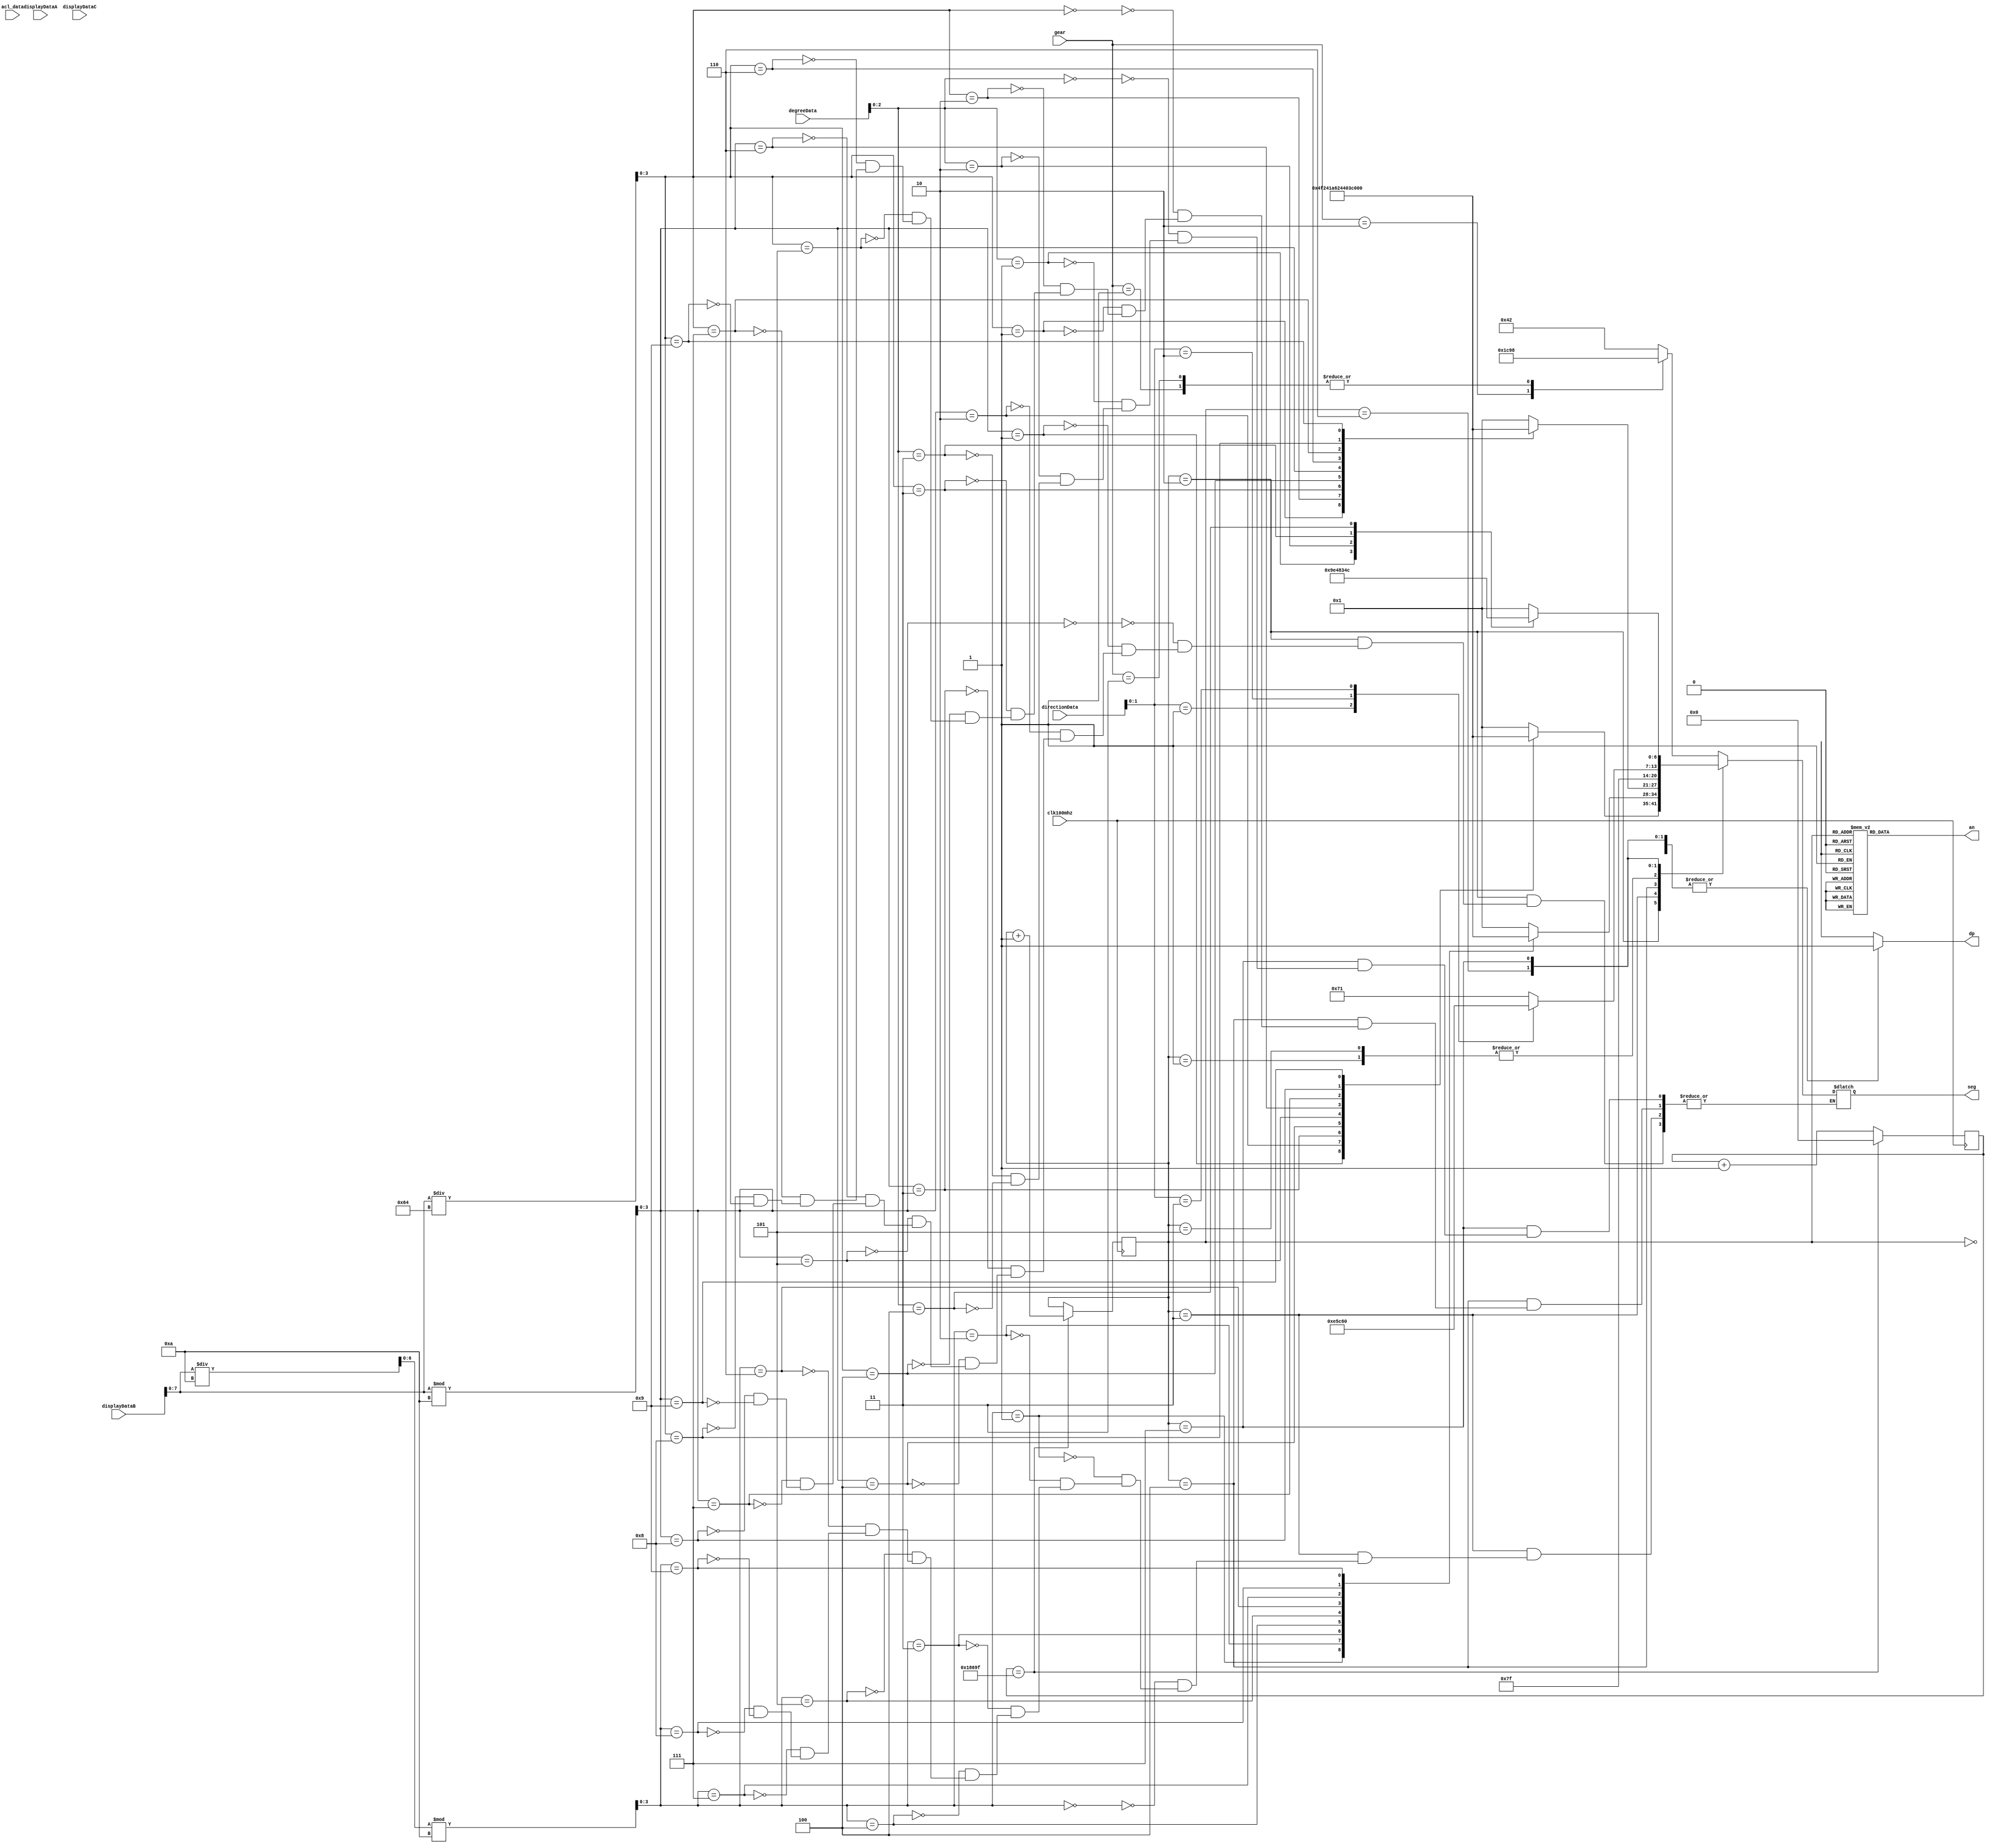
`timescale 1ns / 1ps



module seg7_control(
    input clk100mhz,
    input[1:0] gear,
    input[31:0] displayDataA,displayDataB,displayDataC, directionData, degreeData,
    input [14:0] acl_data,
    output reg [6:0] seg,
    output reg dp,
    output reg [7:0] an
    );
    
    // Take sign bits out of accelerometer data
    wire x_sign, y_sign, z_sign;
    assign x_sign = displayDataA[4];
    assign y_sign = displayDataB[4];
    assign z_sign = displayDataC[4];
    
    // Take 6 bits of axis data out of accelerometer data
    wire [3:0] x_data, z_data;
    wire[7:0] y_data;
    wire[6:0] y_data_intermed;
    assign x_data = displayDataA[3:0];
    assign y_data = displayDataB[7:0];
    assign z_data = displayDataC[3:0];
    
    // Binary to BCD conversion for each axis 6-bit data
    wire [3:0] x_10, x_1, z_10, z_1;
    wire[3:0] y_100, y_10, y_1;
    assign x_10 = x_data / 10;
    assign x_1  = x_data % 10;
    assign y_100 = y_data / 100;
    assign y_data_intermed  = y_data / 10;
    assign y_10= y_data_intermed %10;
    assign y_1 = y_data %10;
    assign z_10 = z_data / 10;
    assign z_1  = z_data % 10;
    
    // Parameters for segment patterns
    parameter ZERO  = 7'b000_0001;  // 0
    parameter ONE   = 7'b100_1111;  // 1
    parameter TWO   = 7'b001_0010;  // 2 
    parameter THREE = 7'b000_0110;  // 3
    parameter FOUR  = 7'b100_1100;  // 4
    parameter FIVE  = 7'b010_0100;  // 5
    parameter SIX   = 7'b010_0000;  // 6
    parameter SEVEN = 7'b000_1111;  // 7
    parameter EIGHT = 7'b000_0000;  // 8
    parameter NINE  = 7'b000_0100;  // 9
    parameter NULL  = 7'b111_1111;  // all OFF
    parameter PARK = 7'b001_1000; // p
    parameter DRIVE = 7'b100_0010; // d
    parameter REVERSE = 7'b011_1001; // r
    parameter LEFT= 7'b111_0001;
    parameter RIGHT= 7'b011_1001;
    parameter FORWARD=7'b011_1000;
    parameter BRAKE = 7'b110_0000;
    
    // To select each anode in turn
    reg [2:0] anode_select = 3'b0;     // 3 bit counter for selecting each of 8 anodes
    reg [16:0] anode_timer = 17'b0;    // counter for anode refresh
    
    // Logic for controlling anode select and anode timer
    always @(posedge clk100mhz) begin               // 1ms x 8 displays = 8ms refresh period                             
        if(anode_timer == 99_999) begin             // The period of 100MHz clock is 10ns (1/100,000,000 seconds)
            anode_timer <= 0;                       // 10ns x 100,000 = 1ms
            anode_select <=  anode_select + 1;
        end
        else
            anode_timer <=  anode_timer + 1;
    end
    
    // Logic for driving the 8 bit anode output based on anode select
    always @(anode_select) begin
        case(anode_select) 
            3'b000 : an = 8'b1111_1110;   
            3'b001 : an = 8'b1111_1101;  
            3'b010 : an = 8'b1111_1011;  
            3'b011 : an = 8'b1111_0111;
            3'b100 : an = 8'b1110_1111;   
            3'b101 : an = 8'b1101_1111;  
            3'b110 : an = 8'b1011_1111;  
            3'b111 : an = 8'b0111_1111; 
        endcase
    end
    
    // Logic for driving segments based on which anode is selected
    always @*
        case(anode_select)
            3'b000 : begin
                        dp = 1'b1;
//                        if(z_sign)                  // if sign is negative
//                            dp = 1'b0;              // ON
//                        else
//                            dp = 1'b1;              // OFF 
                                
                        case(gear)                   // Z axis ones digit
                            2'b00 : seg = DRIVE;
                            2'b01 : seg = PARK; 
                            2'b10 : seg= REVERSE;
                            2'b11 : seg = PARK;
                        endcase
                    end
                    
             3'b001 : begin  
                        dp = 1'b1;
                        seg = NULL;
                       end                  // OFF  
                        
//                        case(z_10)                  // Z axis tens digit
//                            4'b0000 : seg = ZERO;
//                            4'b0001 : seg = ONE;
//                            4'b0010 : seg = TWO;
//                            4'b0011 : seg = THREE;
//                            4'b0100 : seg = FOUR;
//                            4'b0101 : seg = FIVE;
//                            4'b0110 : seg = SIX;
//                            4'b0111 : seg = SEVEN;
//                            4'b1000 : seg = EIGHT;
//                            4'b1001 : seg = NINE;
//                        endcase
//                    end
                    
            3'b010 : begin    
                        dp=1'b1;                      // anode not used
                        case(y_1)                  // Z axis tens digit
                            4'b0000 : seg = ZERO;
                            4'b0001 : seg = ONE;
                            4'b0010 : seg = TWO;
                            4'b0011 : seg = THREE;
                            4'b0100 : seg = FOUR;
                            4'b0101 : seg = FIVE;
                            4'b0110 : seg = SIX;
                            4'b0111 : seg = SEVEN;
                            4'b1000 : seg = EIGHT;
                            4'b1001 : seg = NINE;
                        endcase
                    end
            3'b011 : begin
                        dp=1'b1;
                        
                        case(y_10)                   // Y axis ones digit
                            4'b0000 : seg = ZERO;
                            4'b0001 : seg = ONE;
                            4'b0010 : seg = TWO;
                            4'b0011 : seg = THREE;
                            4'b0100 : seg = FOUR;
                            4'b0101 : seg = FIVE;
                            4'b0110 : seg = SIX;
                            4'b0111 : seg = SEVEN;
                            4'b1000 : seg = EIGHT;
                            4'b1001 : seg = NINE;
                        endcase
                    end
                    
            3'b100 : begin
                        dp = 1'b1;                  // OFF
                         
                        case(y_100)                  // Y axis tens digit
                            4'b0000 : seg = ZERO;
                            4'b0001 : seg = ONE;
                            4'b0010 : seg = TWO;
                            4'b0011 : seg = THREE;
                            4'b0100 : seg = FOUR;
                            4'b0101 : seg = FIVE;
                            4'b0110 : seg = SIX;
                            4'b0111 : seg = SEVEN;
                            4'b1000 : seg = EIGHT;
                            4'b1001 : seg = NINE;
                        endcase
                    end
                    
            3'b101 : begin                          // anode not used
                        dp = 1'b1;
                        seg = NULL;    
                        
                    end
                    
            3'b110 : begin 
                            dp = 1'b1;              // OFF
                        
                        case(directionData[1:0])                   // X axis ones digit
                            2'b00 : seg = LEFT;
                            2'b01 : seg = RIGHT;
                            2'b10: seg = FORWARD;
                            2'b11: seg = BRAKE;
                        endcase
                    end
                    
            3'b111 : begin
                        dp = 1'b1;                  // OFF
                         
                        case(degreeData[2:0])
                            3'b000 : seg = ZERO;
                            3'b001 : seg = ONE;
                            3'b010 : seg = TWO;
                            3'b011 : seg = THREE;
                            3'b100 : seg = FOUR;
                    endcase
                   end
        endcase 
    
endmodule